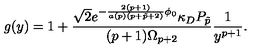
g ( y ) = 1 + { \frac { \sqrt { 2 } e ^ { - { \frac { 2 ( p + 1 ) } { a ( p ) ( p + \tilde { p } + 2 ) } } \phi _ { 0 } } \kappa _ { D } P _ { \tilde { p } } } { ( p + 1 ) \Omega _ { p + 2 } } } { \frac { 1 } { y ^ { p + 1 } } } .